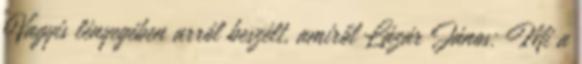
Vagyis lényegében arról beszélt, amiről Lázár János: Mi a